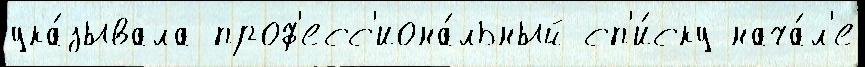
ука́зывала проф'есс'иона́льный сп'и́ску нача́л'е